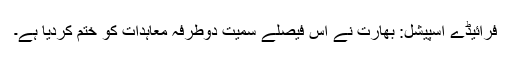
فرائیڈے اسپیشل: بھارت نے اس فیصلے سمیت دوطرفہ معاہدات کو ختم کردیا ہے۔